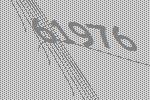
61976